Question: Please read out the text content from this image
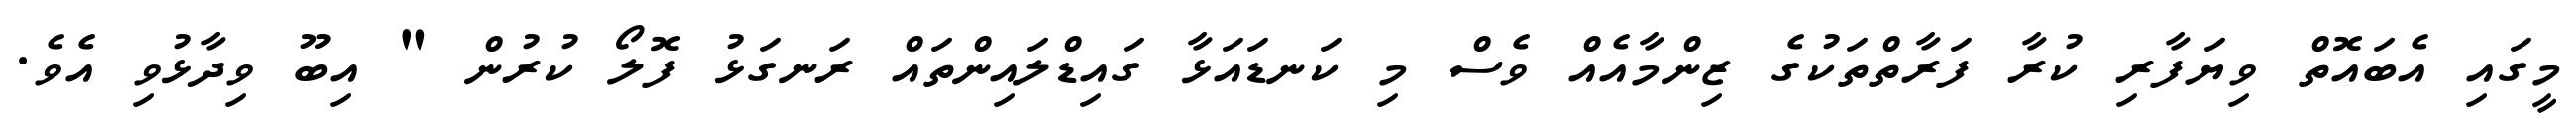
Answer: މީގައި އެބައޮތް ވިޔަފާރި ކުރާ ފަރާތްތަކުގެ ޒިންމާއެއް ވެސް މި ކަނޑައަޅާ ގައިޑްލައިންތައް ރަނގަޅު ފޮލޯ ކުރުން " އިބޫ ވިދާޅުވި އެވެ.